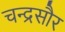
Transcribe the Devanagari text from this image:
चन्द्रसौर